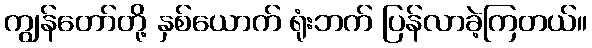
ကျွန်တော်တို့ နှစ်ယောက် ရုံးဘက် ပြန်လာခဲ့ကြတယ်။